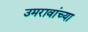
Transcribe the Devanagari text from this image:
उमरावांच्या